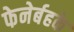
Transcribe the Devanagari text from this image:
फेनेर्बहके